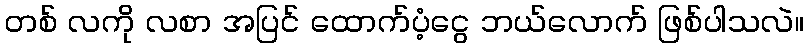
တစ် လကို လစာ အပြင် ထောက်ပံ့ငွေ ဘယ်လောက် ဖြစ်ပါသလဲ။